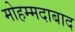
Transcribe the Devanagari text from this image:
मोहम्‍मदाबाद